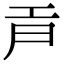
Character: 𢀞